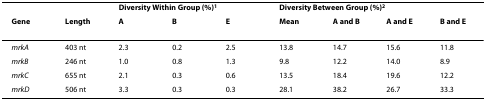
<table><thead><tr><td></td><td></td><td colspan="3"><b>Diversity Within Group (%)<sup>1</sup></b></td><td colspan="4"><b>Diversity Between Group (%)<sup>2</sup></b></td></tr><tr><td><b>Gene</b></td><td><b>Length</b></td><td><b>A</b></td><td><b>B</b></td><td><b>E</b></td><td><b>Mean</b></td><td><b>A and B</b></td><td><b>A and E</b></td><td><b>B and E</b></td></tr></thead><tbody><tr><td><i>mrkA</i></td><td>403 nt</td><td>2.3</td><td>0.2</td><td>2.5</td><td>13.8</td><td>14.7</td><td>15.6</td><td>11.8</td></tr><tr><td><i>mrkB</i></td><td>246 nt</td><td>1.0</td><td>0.8</td><td>1.3</td><td>9.8</td><td>12.2</td><td>14.0</td><td>8.9</td></tr><tr><td><i>mrkC</i></td><td>655 nt</td><td>2.1</td><td>0.3</td><td>0.6</td><td>13.5</td><td>18.4</td><td>19.6</td><td>12.2</td></tr><tr><td><i>mrkD</i></td><td>506 nt</td><td>3.3</td><td>0.3</td><td>0.3</td><td>28.1</td><td>38.2</td><td>26.7</td><td>33.3</td></tr></tbody></table>